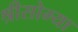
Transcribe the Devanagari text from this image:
श्रीसोम्या